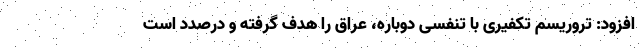
افزود: تروریسم تکفیری با تنفسی دوباره، عراق را هدف گرفته و درصدد است